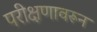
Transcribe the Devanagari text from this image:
परीक्षणावरून